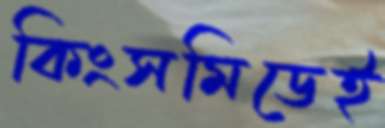
কিংসমিডেই